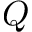
Q